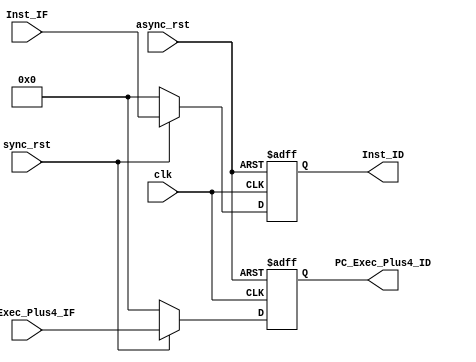
module pipe_IF_ID (
	input  clk,
	input  async_rst,
	input  sync_rst,
	input  [31:0] Inst_IF,
	input  [31:0] PC_Exec_Plus4_IF,
	output [31:0] Inst_ID,
	output [31:0] PC_Exec_Plus4_ID);
	
	reg [31:0] rInst_ID;
	reg [31:0] rPC_Exec_Plus4_ID;
	
	always @(negedge clk or negedge async_rst) begin
		if (~async_rst) begin
			rInst_ID <= 0;
			rPC_Exec_Plus4_ID <= 0;
		end else begin
			if (~sync_rst) begin
				rInst_ID <= 0;
				rPC_Exec_Plus4_ID <= 0;
			end else begin
				rInst_ID <= Inst_IF;
				rPC_Exec_Plus4_ID <= PC_Exec_Plus4_IF;
			end
		end
	end
	
	assign Inst_ID = rInst_ID;
	assign PC_Exec_Plus4_ID = rPC_Exec_Plus4_ID;
endmodule